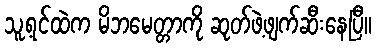
သူ့ရင်ထဲက မိဘမေတ္တာကို ဆုတ်ဖဲ့ဖျက်ဆီးနေပြီ။